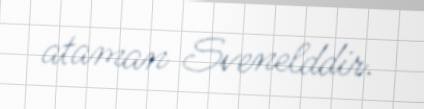
ataman Svenelddir.